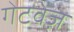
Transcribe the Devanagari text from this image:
गेटवेज़